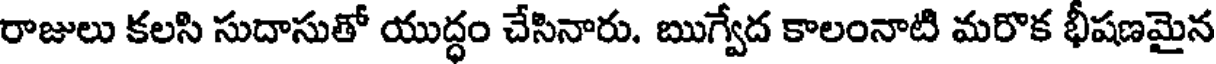
రాజులు కలసి సుదాసుతో యుద్ధం చేసినారు. ఋగ్వేద కాలంనాటి మరొక భీషణమైన